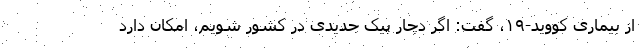
از بیماری کووید-۱۹، گفت: اگر دچار پیک جدیدی در کشور شویم، امکان دارد